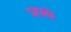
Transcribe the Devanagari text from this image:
प्रपथे